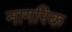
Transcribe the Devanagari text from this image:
नागरिक